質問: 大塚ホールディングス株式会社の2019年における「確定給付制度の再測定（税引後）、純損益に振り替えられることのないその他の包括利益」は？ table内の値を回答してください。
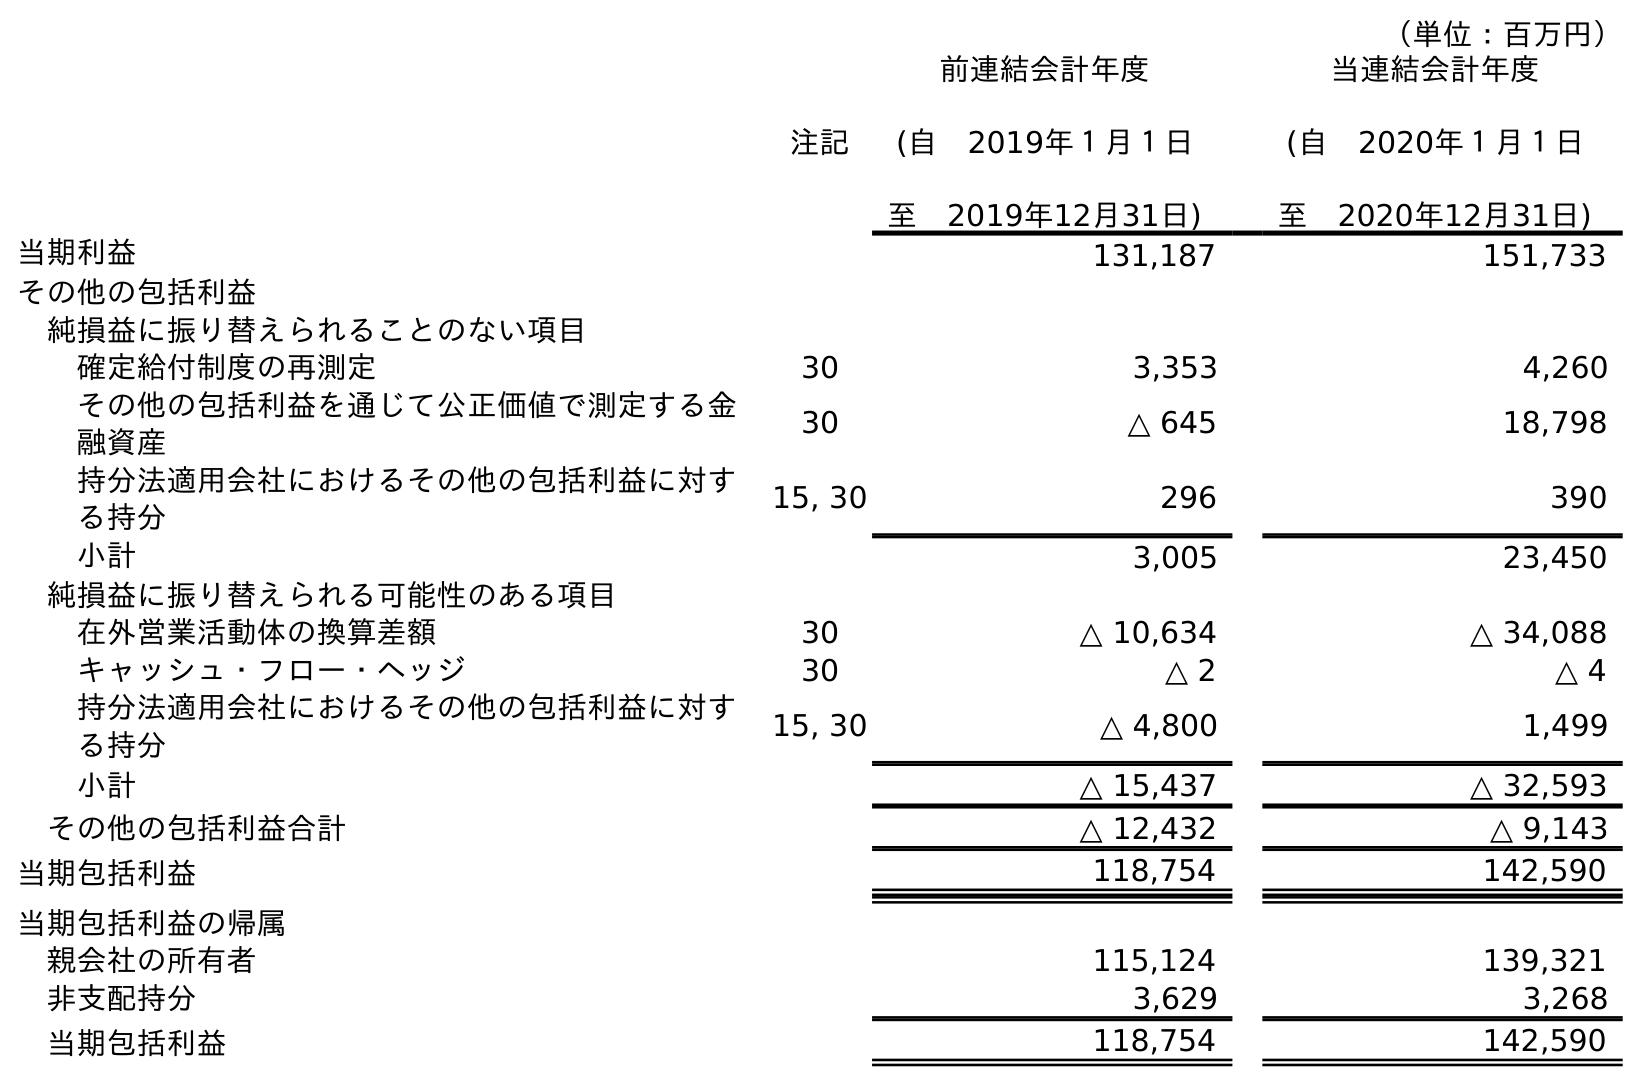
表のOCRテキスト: （単位：百万円） 注記 前連結会計年度 (自 2019年１月１日 至 2019年12月31日) 当連結会計年度 (自 2020年１月１日 至 2020年12月31日) 当期利益 131,187 151,733 その他の包括利益 純損益に振り替えられることのない項目 確定給付制度の再測定 30 3,353 4,260 その他の包括利益を通じて公正価値で測定する金 融資産 30 △ 645 18,798 持分法適用会社におけるその他の包括利益に対す る持分 15, 30 296 390 小計 3,005 23,450 純損益に振り替えられる可能性のある項目 在外営業活動体の換算差額 30 △ 10,634 △ 34,088 キャッシュ・フロー・ヘッジ 30 △ 2 △ 4 持分法適用会社におけるその他の包括利益に対す る持分 15, 30 △ 4,800 1,499 小計 △ 15,437 △ 32,593 その他の包括利益合計 △ 12,432 △ 9,143 当期包括利益 118,754 142,590 当期包括利益の帰属 親会社の所有者 115,124 139,321 非支配持分 3,629 3,268 当期包括利益 118,754 142,590
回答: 3,353